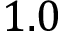
1 . 0